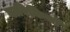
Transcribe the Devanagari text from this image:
बारिकियों